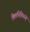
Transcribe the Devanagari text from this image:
क्लिनिशियनों